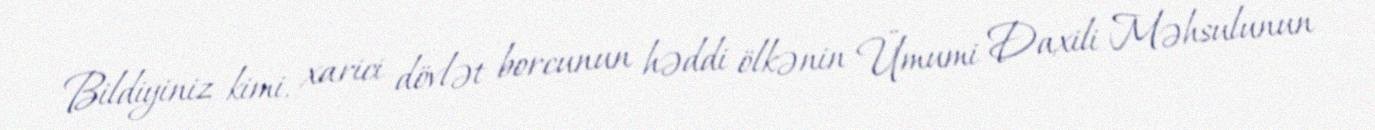
Bildiyiniz kimi, xarici dövlət borcunun həddi ölkənin Ümumi Daxili Məhsulunun